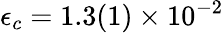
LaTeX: \epsilon_{c}=1.3(1)\times 10^{-2}